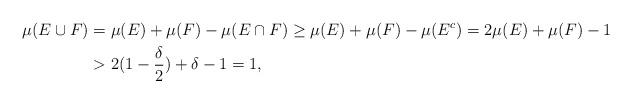
LaTeX: \begin{align*}\mu(E \cup F) &= \mu(E) + \mu(F) - \mu(E \cap F) \ge \mu(E) + \mu(F) - \mu(E^c) = 2\mu(E) + \mu(F) - 1 \\&> 2(1 - \frac{\delta}{2}) + \delta - 1 = 1,\end{align*}